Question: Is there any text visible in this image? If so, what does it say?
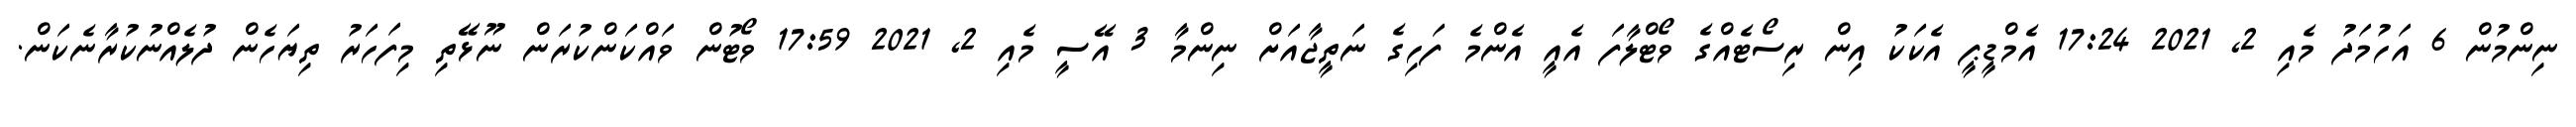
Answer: ނިންމުން 6 އަހުމަދު މެއި 2, 2021 17:24 އެމްޑީޕީ އެކަކު އިން ރިސޯޓެއްގެ ވޯޓްލާފަ އެއީ އެންމެ ފަހިގެ ނަތީޖާއަށް ނިންމާ 3 އޭސީ މެއި 2, 2021 17:59 ވޯޓުން ވައްކަންކުރަން ނޫޅޭތި މިފަހަރު ތިޔަހެން ދުލެއްނުކުރާނެކަން.